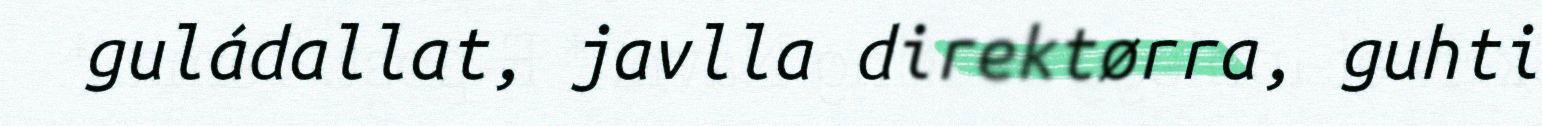
guládallat, javlla direktørra, guhti